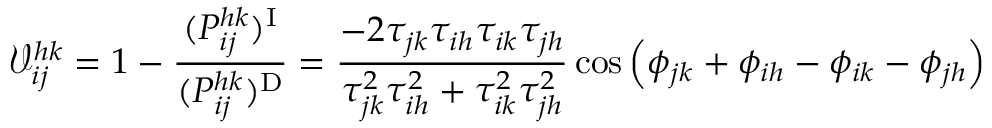
\mathcal { V } _ { i j } ^ { h k } = 1 - \frac { ( P _ { i j } ^ { h k } ) ^ { \mathrm { I } } } { ( P _ { i j } ^ { h k } ) ^ { \mathrm { D } } } = \frac { - 2 \tau _ { j k } \tau _ { i h } \tau _ { i k } \tau _ { j h } } { \tau _ { j k } ^ { 2 } \tau _ { i h } ^ { 2 } + \tau _ { i k } ^ { 2 } \tau _ { j h } ^ { 2 } } \cos \left( \phi _ { j k } + \phi _ { i h } - \phi _ { i k } - \phi _ { j h } \right)